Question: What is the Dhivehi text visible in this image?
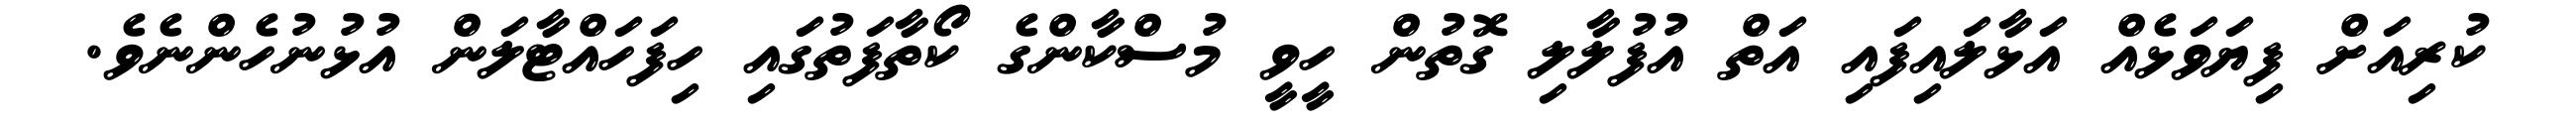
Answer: ކުރިއަށް ފިޔަވަޅެއް އަޅާލައިފައި އަތް އުފުލާލި ގޮތުން ހީވީ މުސްކާންގެ ކޯތާފަތުގައި ހިފަހައްޓާލަން އުޅުނުހެންނެވެ.